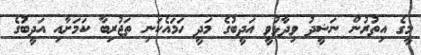
މީގެ އިތުރުން ނަޝީދު ވިދާޅުވީ އަދީބުގެ މަދީ ހަމައެކަނި ތަޖުރިބާ ކަމަށާއި އަދީބުގެ